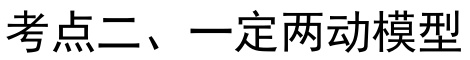
考点二、一定两动模型